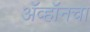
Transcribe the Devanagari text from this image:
ॲव्हॉनचा